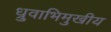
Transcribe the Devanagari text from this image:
ध्रुवाभिमुखीय